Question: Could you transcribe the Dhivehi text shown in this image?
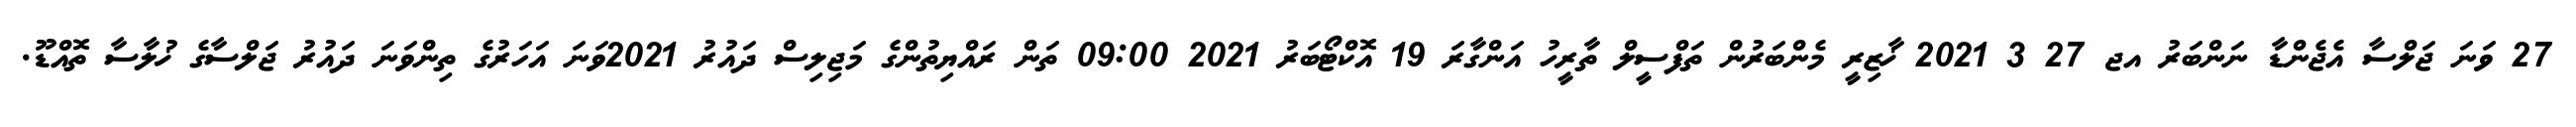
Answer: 27 ވަނަ ޖަލްސާ އެޖެންޑާ ނަންބަރު އޖ 27 3 2021 ޚާޒިރީ މެންބަރުން ތަފްސީލް ތާރީހު އަންގާރަ 19 އޮކްޓޯބަރު 2021 09:00 ތަން ރައްޔިތުންގެ މަޖިލިސް ދައުރު 2021ވަނަ އަހަރުގެ ތިންވަނަ ދައުރު ޖަލްސާގެ ޚުލާސާ ތޮއްޑޫ.